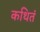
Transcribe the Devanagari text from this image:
कथितं